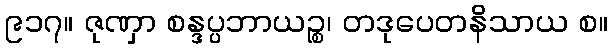
၉၁၇။ ဇုဏှာ စန္ဒပ္ပဘာယဉ္စ၊ တဒုပေတနိသာယ စ။